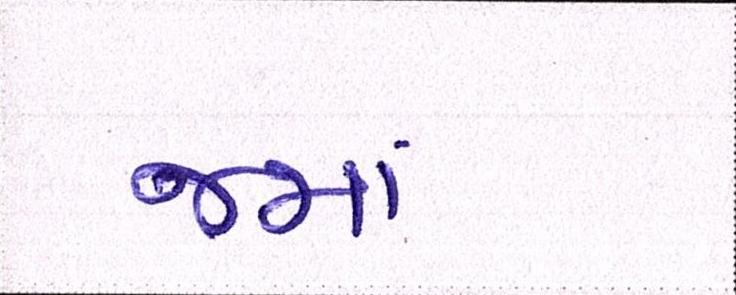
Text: જમાં